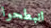
انبطحوا